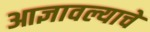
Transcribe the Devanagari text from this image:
आज्ञावल्याचे